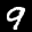
Label: 9